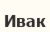
Ивак